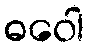
ဓဝေါ